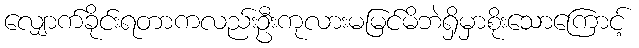
လျှောက်ခိုင်းရတာကလည်းဦးကုလားမမြင်မိဘဲရှိမှာစိုးသောကြောင့်